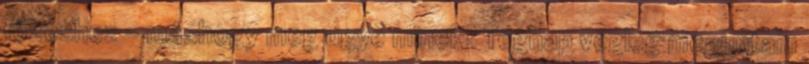
főzéshez - máshogy meg ugye minek? Tegnap végleg meguntam